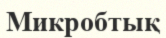
Микробтық